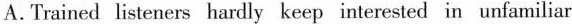
A.Trained listeners hardly keep interested in unfamiliar